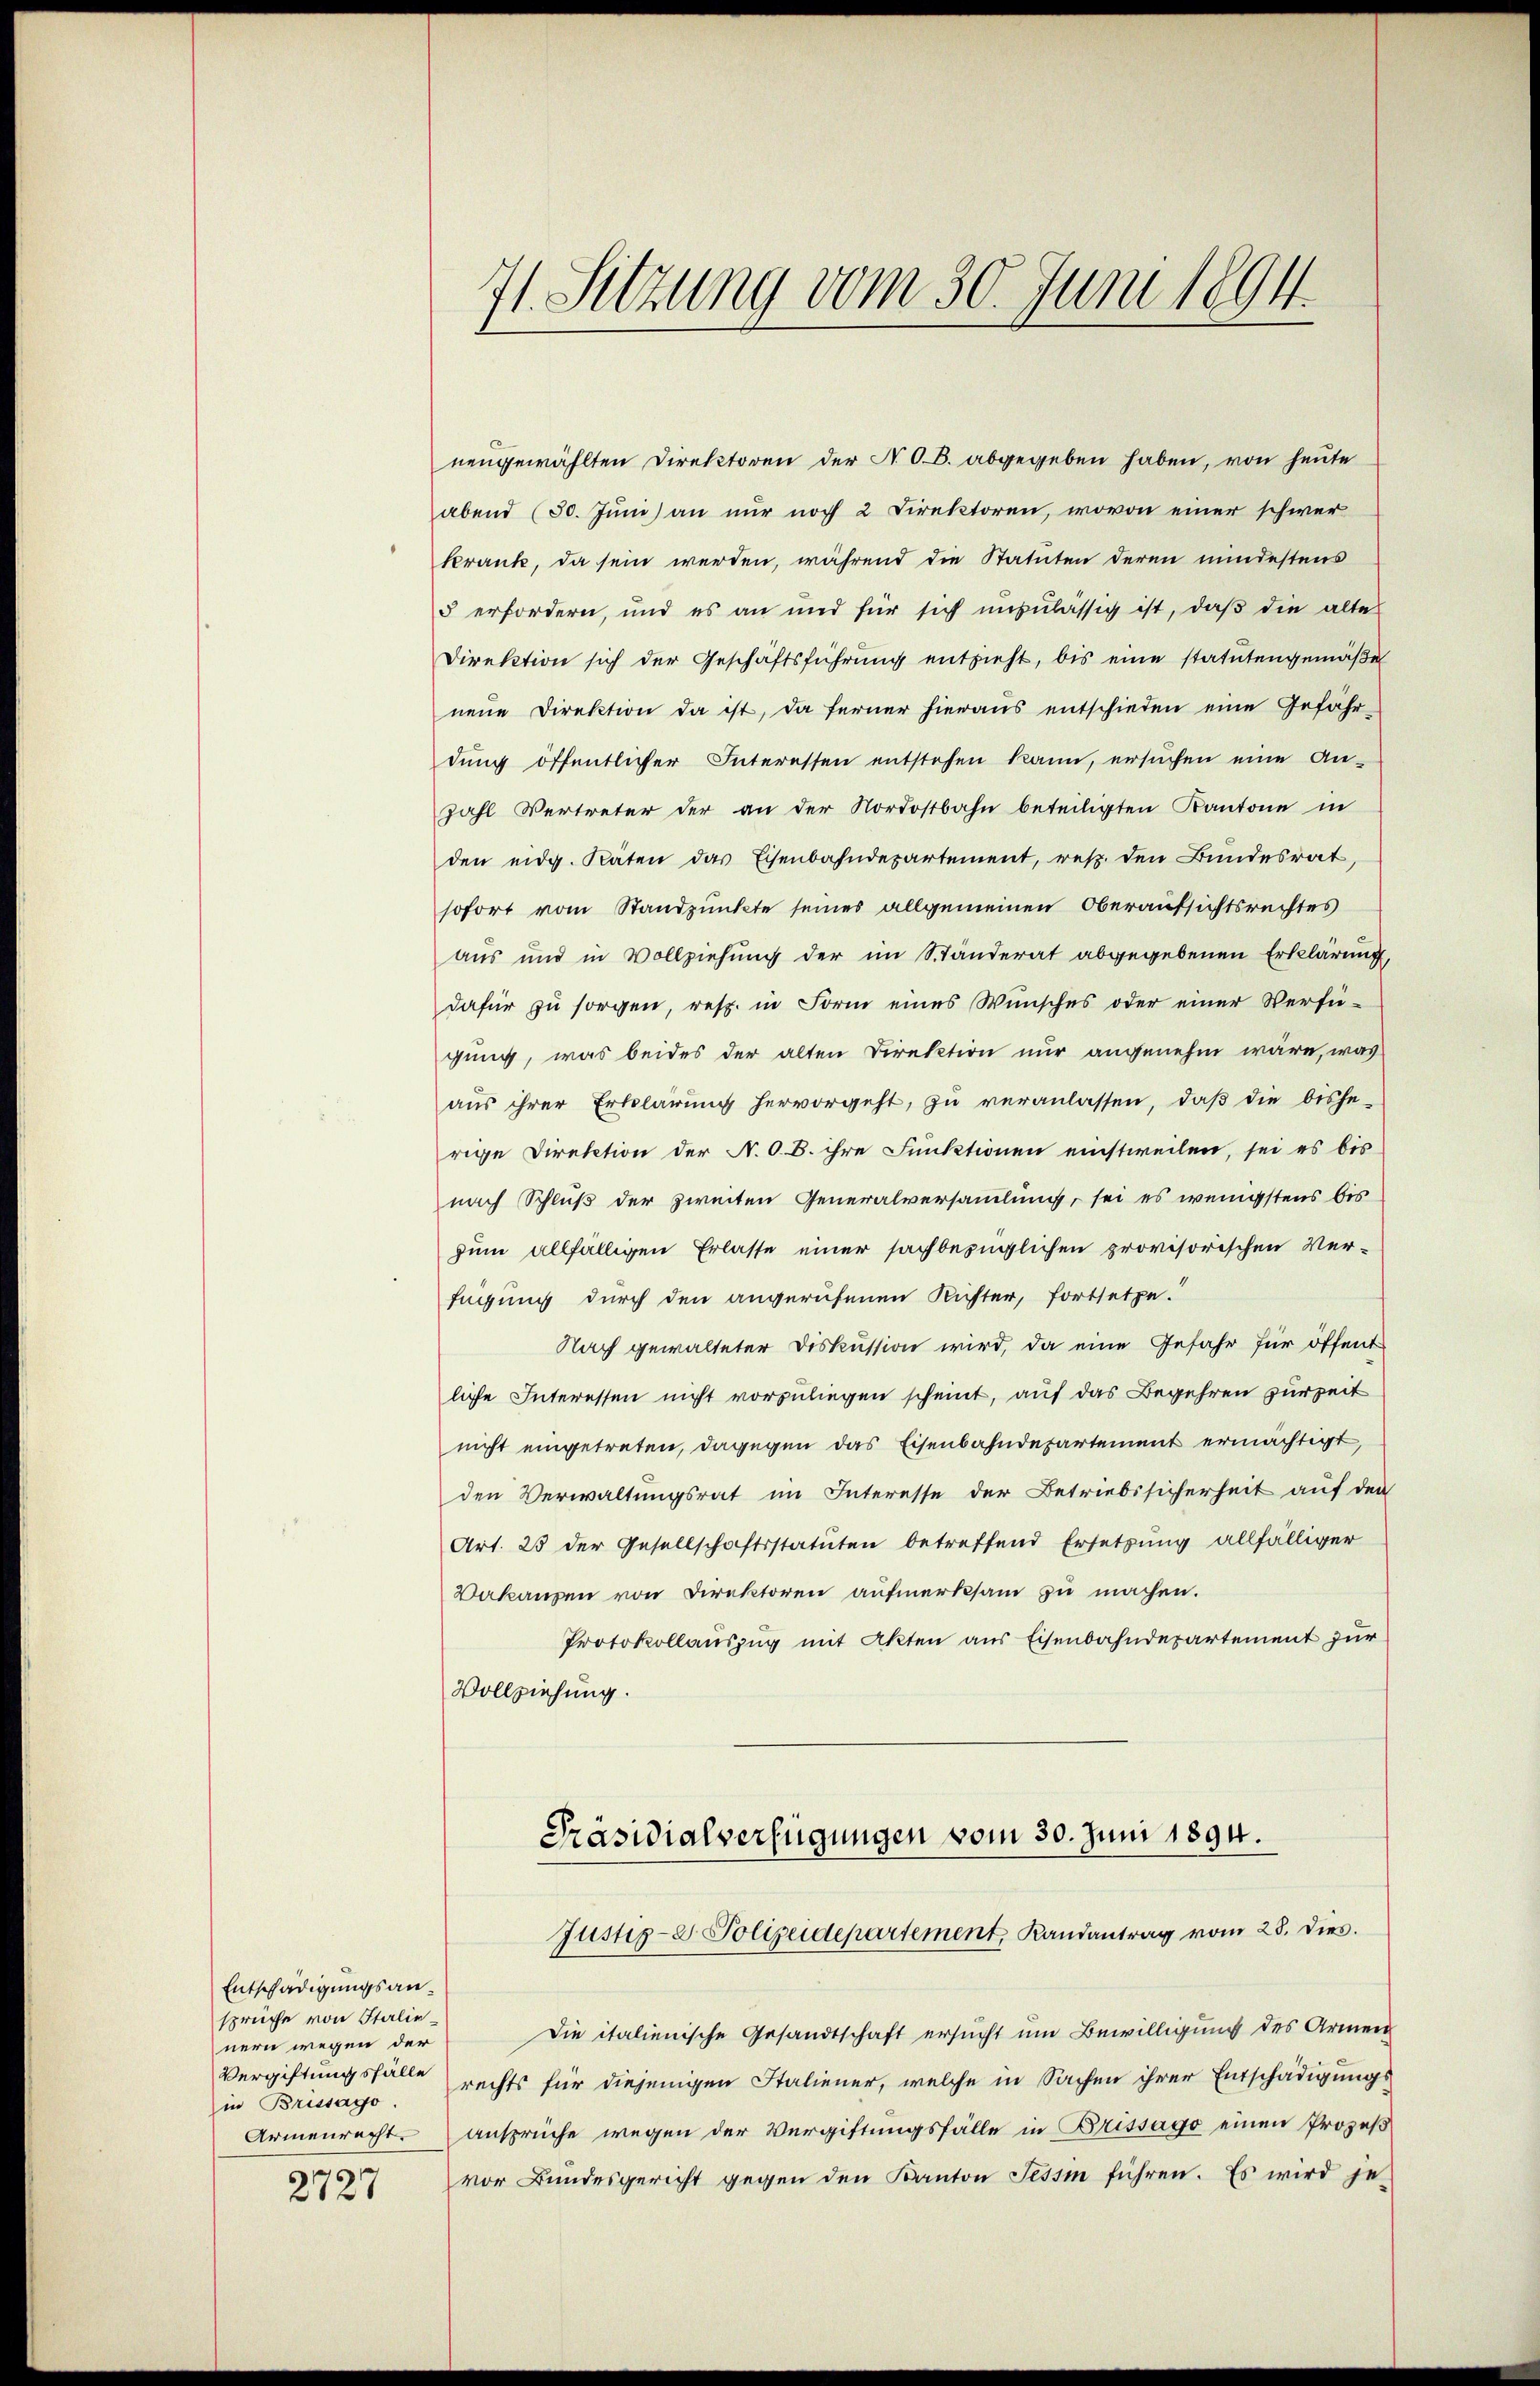
Entschädigungsansprüche von Italienern wegen der
in Brissago.

2727

71. Setzung vom 30. Juni 1894.

neugewählten Direktoren der N.O.B. abgegeben haben, von heute
abend (30. Juni an nur noch 2 Direktoren, wovon einer schwer
krank, da sein werden, während die Statuten deren mindestens
5 erfordern, und es an und für sich unzulässig ist, daβ die alte
Direktion sich der Geschäftsführung entzieht, bis eine statutengemäße
neue Direktion da ist, da ferner hieraus entschieden eine Gefährdŭng öffentlicher Interessen entstehen kann, ersŭchen eine An-
zahl Vertreter der an der Nordostbahn beteiligten Kantone in
den eidg. Räten das Eisenbahndepartement, resp. den Bundesrat,
sofort vom Standpunkte seines allgemeinen Oberaufsichtsrechtes
aus und in Vollziehung der im Standerat abgegebenen Erklärung,
dafür zŭ sorgen, resp. in Form eines Wünsches oder einer Verfü-
gung, was beides der alten Direktion nur angenehm wäre, was
aus ihrer Erklärung hervorgeht, zu veranlassen, daβ die bishe-
rige Direktion der N. O. B. ihre Funktionen einstweilen, sei es bis
nach Schluß der zweiten Generalversammlung, sei es wenigstens bis
zum allfälligen Erlasse einer sachbezüglichen provisorischen Ver-
fügung durch den angerufenen Richter, fortsetze.
Nach gewalteter Diskussion wird, da eine Gefahr für öffent
liche Interessen nicht vorzuliegen scheint, auf das Begehren zur Zeit
nicht eingetreten, dagegen das Eisenbahndepartement ermächtigt,
den Verwaltungsrat im Interesse der Betriebssicherheit auf den
Art. 23 der Gesellschaftsstatuten betreffend Ersetzung allfälliger
Dakanzen von Direktoren aŭfmerksam zu machen.
Protokollauszug mit Akten aus Eisenbahndepartement zur
Vollziehung.
Präsidialverfügungen vom 30. Juni 1894.
Justiz- & Polizeidepartement, Randantrag vom 28. dies.
Die italienische Gesandtschaft ersucht um Bewilligung des Armen
Vergiftungsfälle rechts für diejenigen Staliener, welche in Sachen ihrer Entschädigungs-
Armenrecht ansprüche wegen der Vergiftungsfälle in Brissago einen Prozeß
vor Bundesgericht gegen den Kanton Tessin führen. Es wird je-